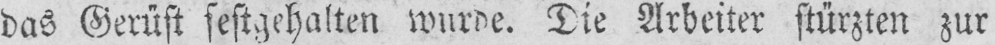
das Gerüst festgehalten wurde. Die Arbeiter stürzten zur